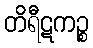
တိရီဋကဉ္စ